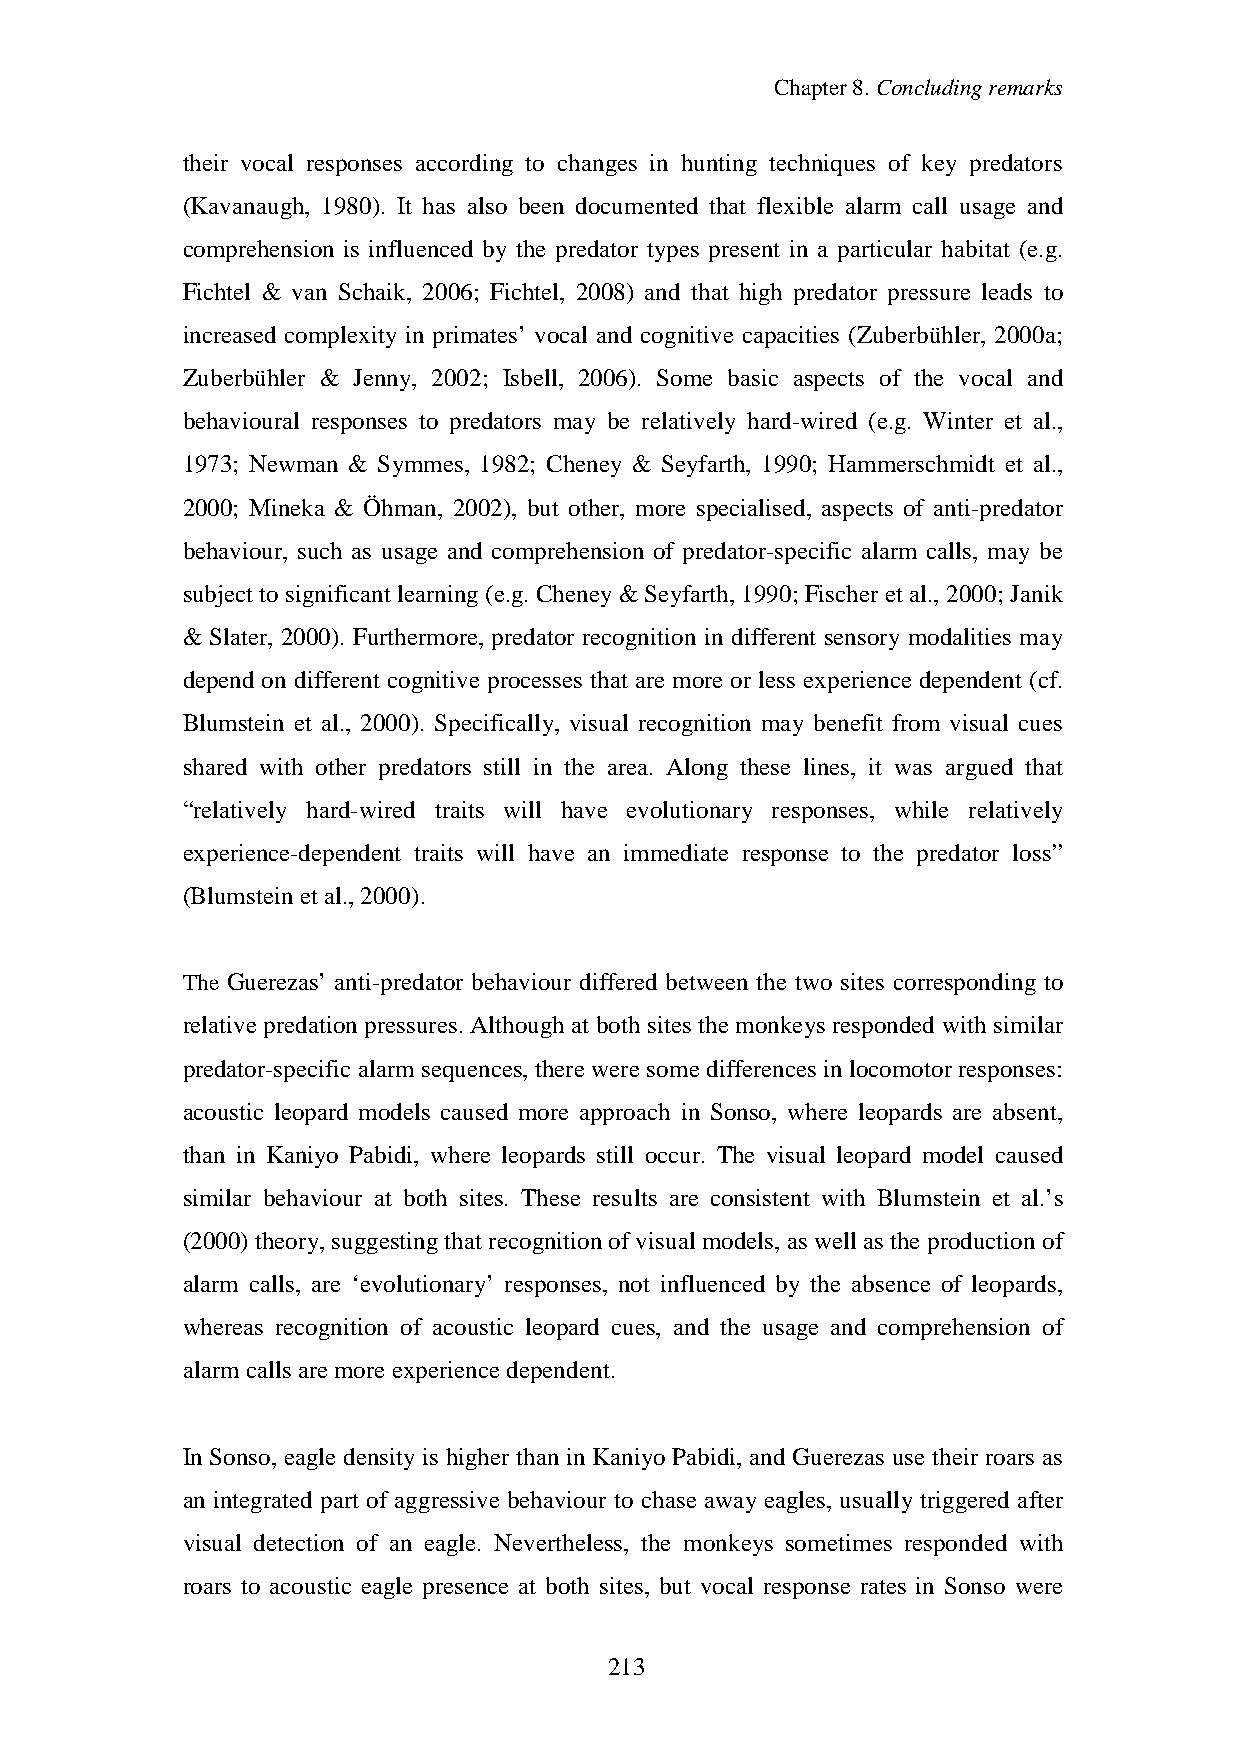
Chapter8.Concludingremarks
 their vocal responses according to changes in hunting techniques of key predators
 (Kavanaugh, 1980). It has also been documented that flexible alarm call usage and
 comprehension is influenced by the predator types present in a particular habitat (e.g.
 Fichtel & van Schaik, 2006; Fichtel, 2008) and that high predator pressure leads to
 increased complexity in primates’ vocal and cognitive capacities (Zuberbühler, 2000a;
 Zuberbühler & Jenny, 2002; Isbell, 2006). Some basic aspects of the vocal and
 behavioural responses to predators may be relatively hard-wired (e.g. Winter et al.,
 1973; Newman & Symmes, 1982; Cheney & Seyfarth, 1990; Hammerschmidt et al.,
 2000; Mineka & Öhman, 2002), but other, more specialised, aspects of anti-predator
 behaviour, such as usage and comprehension of predator-specific alarm calls, may be
 subject tosignificant learning(e.g.Cheney&Seyfarth,1990; Fischer et al., 2000; Janik
 & Slater, 2000). Furthermore, predator recognition in different sensory modalities may
 depend on different cognitive processes that are more or less experience dependent (cf.
 Blumstein et al., 2000). Specifically, visual recognition may benefit from visual cues
 shared with other predators still in the area. Along these lines, it was argued that
 “relatively hard-wired traits will have evolutionary responses, while relatively
 experience-dependent traits will have an immediate response to the predator loss”
 (Blumsteinet al.,2000).
 The Guerezas’ anti-predator behaviour differed between the two sites corresponding to
 relative predation pressures. Although at both sites the monkeys responded with similar
 predator-specific alarm sequences, there weresomedifferences in locomotorresponses:
 acoustic leopard models caused more approach in Sonso, where leopards are absent,
 than in Kaniyo Pabidi, where leopards still occur. The visual leopard model caused
 similar behaviour at both sites. These results are consistent with Blumstein et al.’s
 (2000)theory,suggestingthat recognitionofvisual models, as well as the productionof
 alarm calls, are ‘evolutionary’ responses, not influenced by the absence of leopards,
 whereas recognition of acoustic leopard cues, and the usage and comprehension of
 alarm calls aremore experiencedependent.
 In Sonso, eagle densityis higher than in Kaniyo Pabidi, and Guerezas use their roars as
 an integrated part of aggressive behaviour to chase away eagles, usually triggered after
 visual detection of an eagle. Nevertheless, the monkeys sometimes responded with
 roars to acoustic eagle presence at both sites, but vocal response rates in Sonso were
 220163